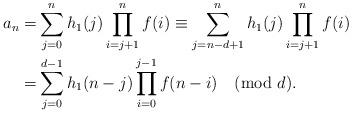
LaTeX: \begin{align*}a_n = & \sum_{j=0}^n h_1(j) \prod_{i=j+1}^n f(i) \equiv \sum_{j=n-d+1}^n h_1(j) \prod_{i=j+1}^n f(i) \\= & \sum_{j=0}^{d-1} h_1(n-j) \prod_{i=0}^{j-1} f(n-i) \pmod{d}.\end{align*}